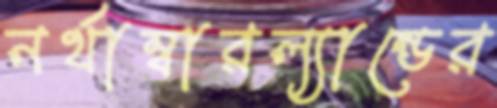
নর্থাম্বারল্যান্ডের